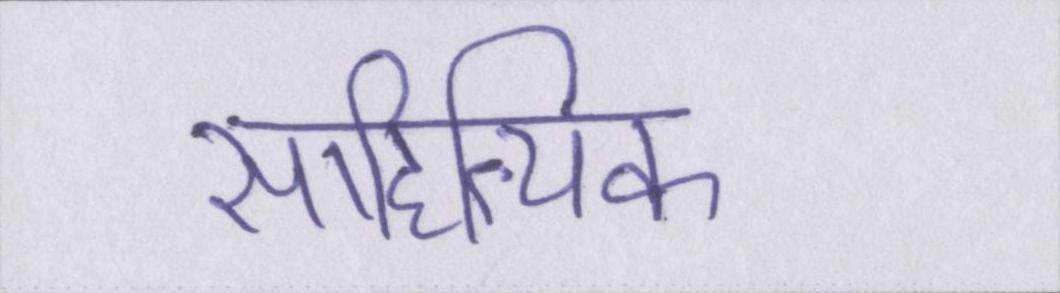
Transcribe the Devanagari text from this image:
साहित्यिक